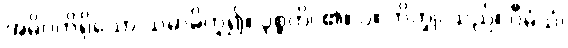
အဓိပတိရှိသော သမာဓိဟူ၍။ ဝုစ္စတိ၊ ၏။ ပ။ ဘိက္ခု၊ သည်။ ဝီမံသံ၊